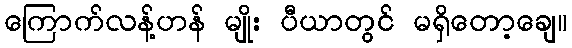
ကြောက်လန့်ဟန် မျိုး ပီယာတွင် မရှိတော့ချေ။